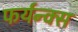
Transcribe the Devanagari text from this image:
फर्यन्क्स